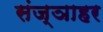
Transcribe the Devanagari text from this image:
संज्ञाहर